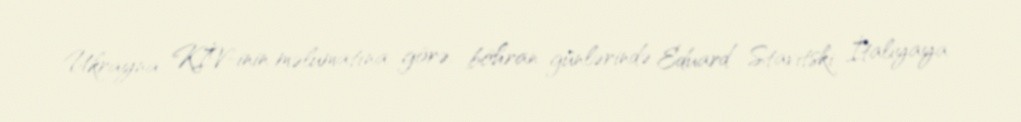
Ukrayna KİV-inin məlumatına görə, böhran günlərində Eduard Stavitski İtaliyaya